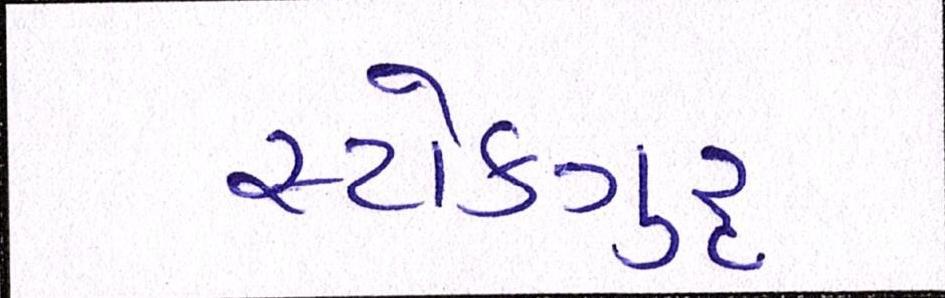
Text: સ્ટોકગુરૃ